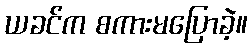
ယခင်က စကားမပြောခဲ့။